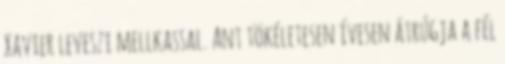
Xavier leveszi mellkassal. Ant tökéletesen ívesen átrúgja a fél